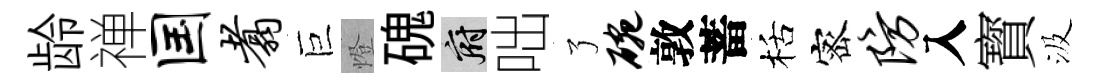
龄禅国翥巨燈磈府咄了碗敦蓄栝宻防入寳汲